Source: Handwritten
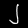
Digit: ၂ (2)